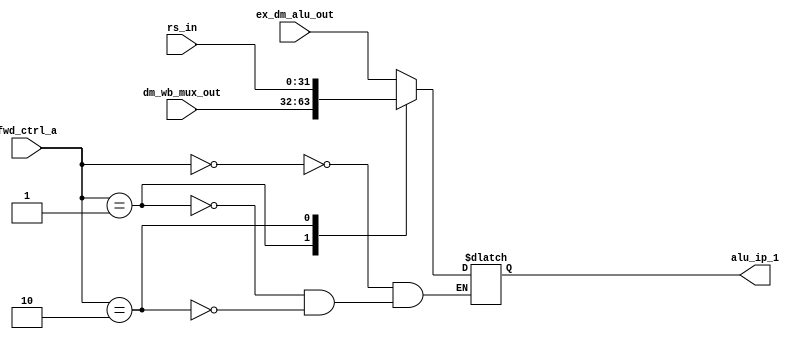
module ALU_A_FWD (
  output reg [31:0] alu_ip_1, 
  input [31:0] rs_in, ex_dm_alu_out,dm_wb_mux_out,
  input [1:0] fwd_ctrl_a
  );
  
  always @(*)
  begin
    case(fwd_ctrl_a)
      2'd0 : alu_ip_1 = ex_dm_alu_out;
      2'd1 : alu_ip_1 = dm_wb_mux_out;
      2'd2 : alu_ip_1 = rs_in;
      default : $display("invalid FWD of ALU_A control input");
    endcase
  end
  
endmodule